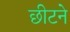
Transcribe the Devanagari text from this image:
छीटने